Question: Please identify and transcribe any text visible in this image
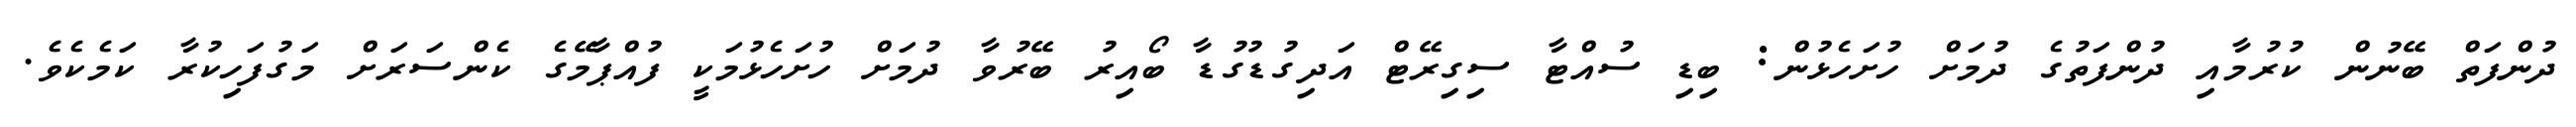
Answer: ދުންފަތް ބޭނުން ކުރުމާއި ދުންފަތުގެ ދުމަށް ހުށަހެޅުން: ބިޑި ސުއްޓާ ސިގިރޭޓް އަދިގުޑުގުޑާ ބޯއިރު ބޭރުވާ ދުމަށް ހުށަހެޅުމަކީ ފުއްޕާމޭގެ ކެންސަރަށް މަގުފަހިކުރާ ކަމެކެވެ.